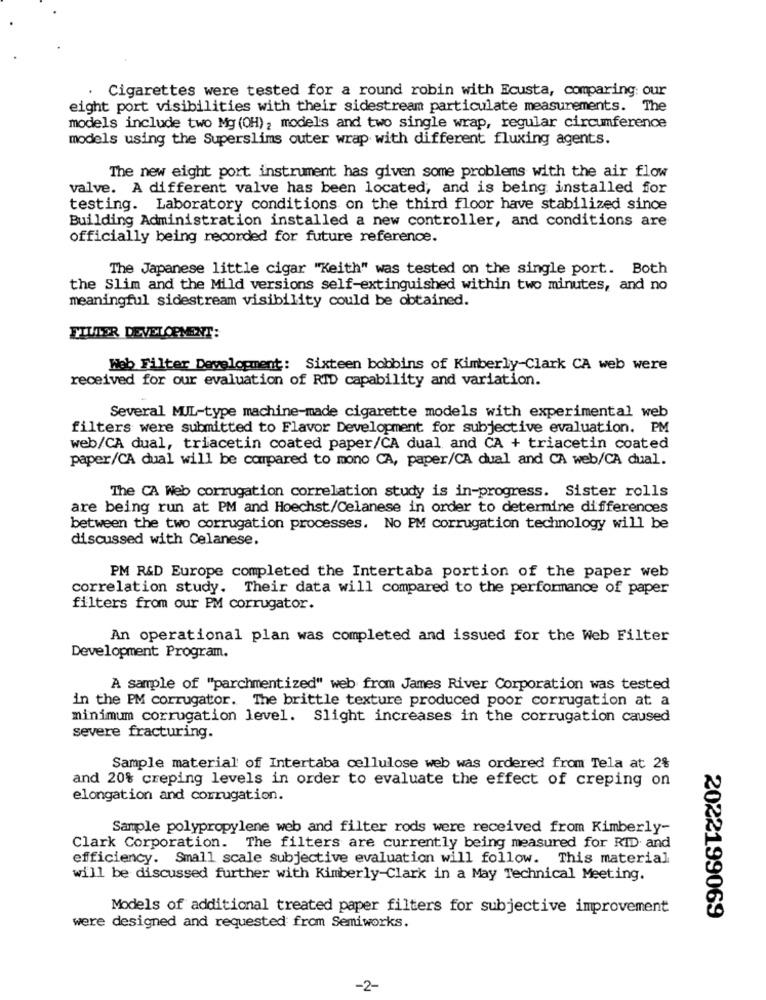
Cigarettes were tested for a round robin with Ecusta, comparing: our
eight port visibilities with their sidestream particulate measurements. The
models include two Mg (OH); models and two single wrap, regular circumference
models using the Superslims outer wrap with different fluxing agents.
The new eight port instrument has given some problems with the air flow
valve. A different valve has been located, and is being installed for
testing. Laboratory conditions on the third floor have stabilized since
Building Administration installed a new controller, and conditions are
officially being recorded for future reference.
The Japanese little cigar "Keith" was tested on the single port. Both
the Slim and the Mild versions self-extinguished within two minutes, and no
meaningful sidestream visibility could be obtained.
TIUTER DEVELOPMENT:
Web Filter Development: Sixteen bobbins of Kimberly-Clark CA web were
received for our evaluation of RID capability and variation.
Several MUL-type machine-made cigarette models with experimental web
filters were submitted to Flavor Development for subjective evaluation. PM
web/CA dual, triacetin coated paper/CA dual and CA + triacetin coated
paper/CA dual will be compared to mono CA, paper/CA dual and CA web/CA dual.
The CA Web corrugation correlation study is in-progress. Sister rolls
are being run at PM and Hoechst/Celanese in order to determine differences
between the two corrugation processes. No PM corrugation technology will be
discussed with Celanese.
PM R&D Europe completed the Intertaba portion of the paper web
correlation study. Their data will compared to the performance of paper
filters from our PM corrugator.
An operational plan was completed and issued for the Web Filter
Development Program.
A sample of "parchmentized" web from James River Corporation was tested
in the PM corrugator. The brittle texture produced poor corrugation at a
minimum corrugation level. Slight increases in the corrugation caused
severe fracturing.
Sample material of Intertaba cellulose web was ordered from Tela at 2%
and 20% creping levels in order to evaluate the effect of creping on
elongation and corrugation.
Sample polypropylene web and filter rods were received from Kimberly-
Clark Corporation. The filters are currently being measured for RID and
efficiency. Small scale subjective evaluation will follow. This material
will be discussed further with Kimberly-Clark in a May Technical Meeting.
Models of additional treated paper filters for subjective improvement
2022199069
were designed and requested from Semiworks.
-2-